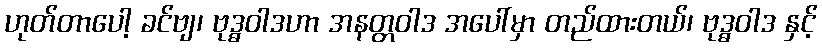
ဟုတ်တာပေါ့ ခင်ဗျ၊ ဗုဒ္ဓဝါဒဟာ အနတ္တဝါဒ အပေါ်မှာ တည်ထားတယ်၊ ဗုဒ္ဓဝါဒ နှင့်